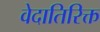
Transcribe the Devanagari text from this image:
वेदातिरिक्त